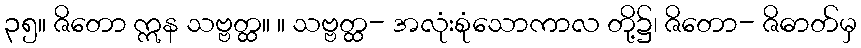
၃၅။ ဇိတော ဣန သဗ္ဗတ္ထ။ ။ သဗ္ဗတ္ထ- အလုံးစုံသောကာလ တို့၌၊ ဇိတော- ဇိဓာတ်မှ